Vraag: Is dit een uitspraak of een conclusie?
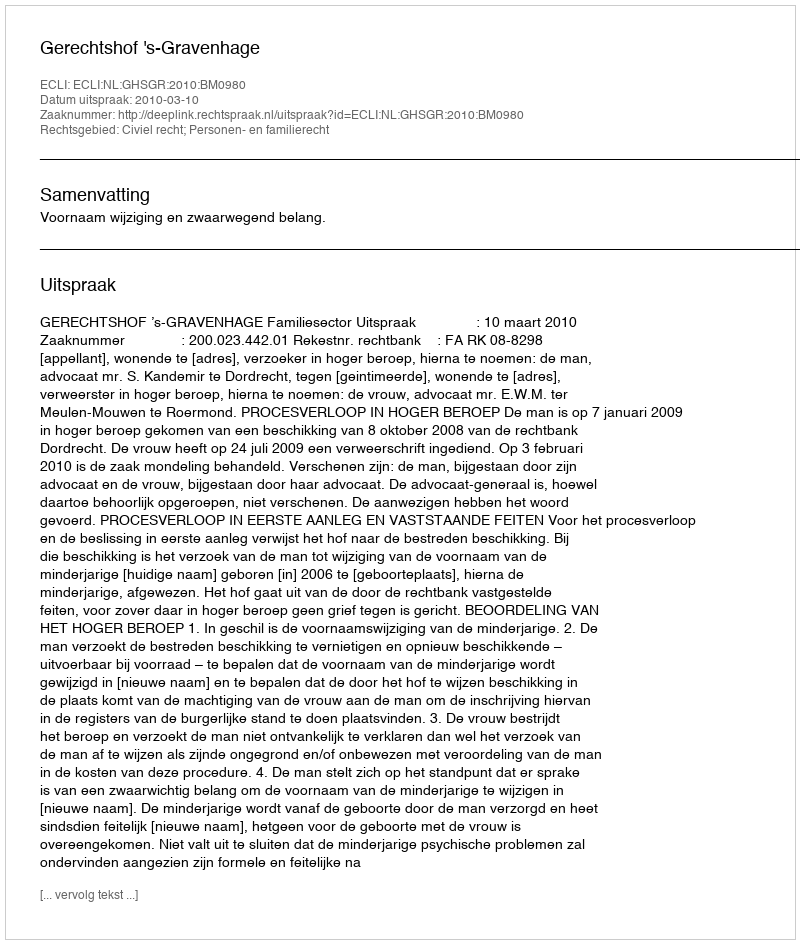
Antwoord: Uitspraak